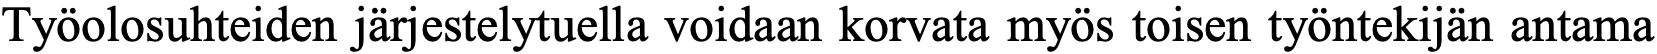
Työolosuhteiden järjestelytuella voidaan korvata myös toisen työntekijän antama